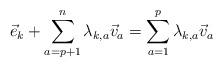
LaTeX: \begin{align*}{\vec e}_k+\sum_{a=p+1}^n \lambda_{k,a} {\vec v}_a = \sum_{a=1}^p \lambda_{k,a} {\vec v}_a\end{align*}